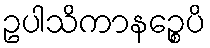
ဥပါသိကာနဉ္စေပိ